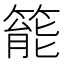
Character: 𥰘